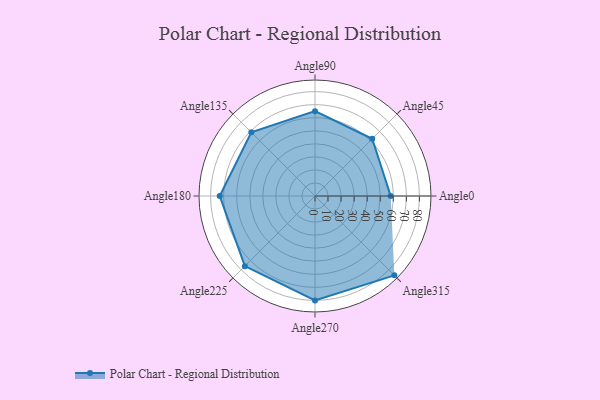
{"axis": {"x": "Angle", "y": "Radius"}, "legend": [""], "data": [{"x": "Angle0", "y": 58.0, "type": ""}, {"x": "Angle45", "y": 62.0, "type": ""}, {"x": "Angle90", "y": 65.0, "type": ""}, {"x": "Angle135", "y": 69.0, "type": ""}, {"x": "Angle180", "y": 73.0, "type": ""}, {"x": "Angle225", "y": 76.0, "type": ""}, {"x": "Angle270", "y": 80.0, "type": ""}, {"x": "Angle315", "y": 86.0, "type": ""}]}